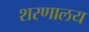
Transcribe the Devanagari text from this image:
शरणालय